Regulations for the medical services of the Army of India
Year: 1930
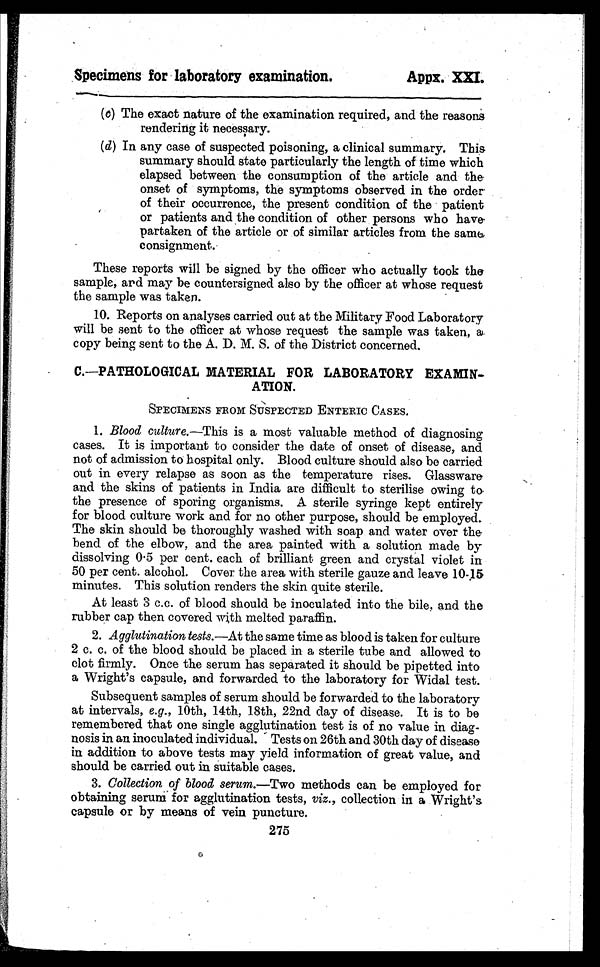
Specimens for laboratory examination.
Appx. XXI.
(c)The exact nature of the examination required, and the reasons
rendering it necessary.
(d)In any case of suspected poisoning, a clinical summary. This
summary should state particularly the length of time which
elapsed between the consumption of the article and the
onset of symptoms, the symptoms observed in the order
of their occurrence, the present condition of the patient
or patients and the condition of other persons who have
partaken of the article or of similar articles from the same,
consignment.
These reports will be signed by the officer who actually took the
sample, and may be countersigned also by the officer at whose request
the sample was taken.
10. Reports on analyses carried out at the Military Food Laboratory
will be sent to the officer at whose request the sample was taken, a
copy being sent to the A. D. M. S. of the District concerned.
C.—PATHOLOGICAL MATERIAL FOR LABORATORY EXAMIN-
ATION.
SPECIMENS FROM SUSPECTED ENTERIC CASES.
1. Blood culture. —This is a most valuable method of diagnosing
cases. It is important to consider the date of onset of disease, and
not of admission to hospital only. Blood culture should also be carried
out in every relapse as soon as the temperature rises. Glassware
and the skins of patients in India are difficult to sterilise owing to
the presence of sporing organisms. A sterile syringe kept entirely
for blood culture work and for no other purpose, should be employed.
The skin should be thoroughly washed with soap and water over the
bend of the elbow, and the area painted with a solution made by
dissolving 0.5 per cent. each of brilliant green and crystal violet in
50 per cent. alcohol. Cover the area with sterile gauze and leave 10-15
minutes. This solution renders the skin quite sterile.
At least 3 c.c. of blood should be inoculated into the bile, and the
rubber cap then covered with melted paraffin.
2. Agglutination tests. —At the same time as blood is taken for culture
2 c. c. of the blood should be placed in a sterile tube and allowed to
clot firmly. Once the serum has separated it should be pipetted into
a Wright's capsule, and forwarded to the laboratory for Widal test.
Subsequent samples of serum should be forwarded to the laboratory
at intervals, e.g ., 10th, 14th, 18th, 22nd day of disease. It is to be
remembered that one single agglutination test is of no value in diag-
nosis in an inoculated individual. Tests on 26th and 30th day of disease
in addition to above tests may yield information of great value, and
should be carried out in suitable cases.
3. Collection of blood serum. —Two methods can be employed for
obtaining serum for agglutination tests, viz., collection in a Wright's
capsule or by means of vein puncture.
275